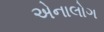
એનાલોગ